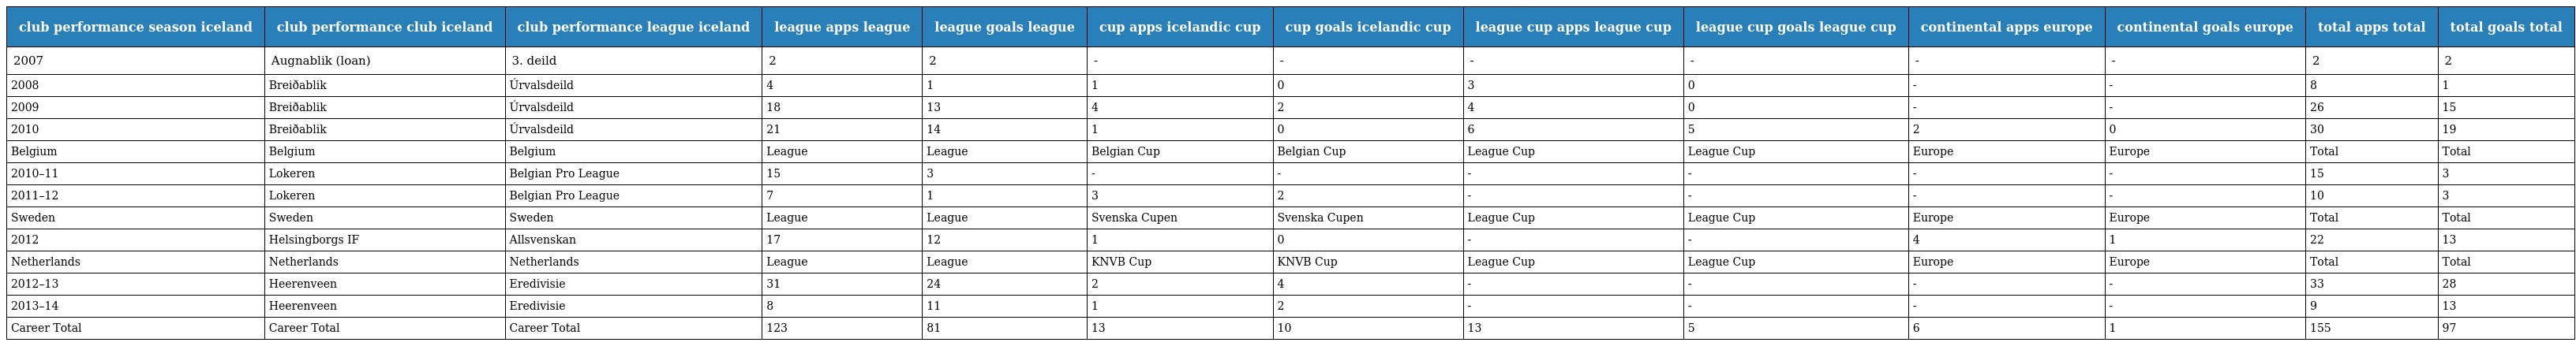
| club performance season iceland | club performance club iceland | club performance league iceland | league apps league | league goals league | cup apps icelandic cup | cup goals icelandic cup | league cup apps league cup | league cup goals league cup | continental apps europe | continental goals europe | total apps total | total goals total |
 | --- | --- | --- | --- | --- | --- | --- | --- | --- | --- | --- | --- | --- |
 | 2007 | Augnablik (loan) | 3. deild | 2 | 2 | - | - | - | - | - | - | 2 | 2 |
 | 2008 | Breiðablik | Úrvalsdeild | 4 | 1 | 1 | 0 | 3 | 0 | - | - | 8 | 1 |
 | 2009 | Breiðablik | Úrvalsdeild | 18 | 13 | 4 | 2 | 4 | 0 | - | - | 26 | 15 |
 | 2010 | Breiðablik | Úrvalsdeild | 21 | 14 | 1 | 0 | 6 | 5 | 2 | 0 | 30 | 19 |
 | Belgium | Belgium | Belgium | League | League | Belgian Cup | Belgian Cup | League Cup | League Cup | Europe | Europe | Total | Total |
 | 2010–11 | Lokeren | Belgian Pro League | 15 | 3 | - | - | - | - | - | - | 15 | 3 |
 | 2011–12 | Lokeren | Belgian Pro League | 7 | 1 | 3 | 2 | - | - | - | - | 10 | 3 |
 | Sweden | Sweden | Sweden | League | League | Svenska Cupen | Svenska Cupen | League Cup | League Cup | Europe | Europe | Total | Total |
 | 2012 | Helsingborgs IF | Allsvenskan | 17 | 12 | 1 | 0 | - | - | 4 | 1 | 22 | 13 |
 | Netherlands | Netherlands | Netherlands | League | League | KNVB Cup | KNVB Cup | League Cup | League Cup | Europe | Europe | Total | Total |
 | 2012–13 | Heerenveen | Eredivisie | 31 | 24 | 2 | 4 | - | - | - | - | 33 | 28 |
 | 2013–14 | Heerenveen | Eredivisie | 8 | 11 | 1 | 2 | - | - | - | - | 9 | 13 |
 | Career Total | Career Total | Career Total | 123 | 81 | 13 | 10 | 13 | 5 | 6 | 1 | 155 | 97 |